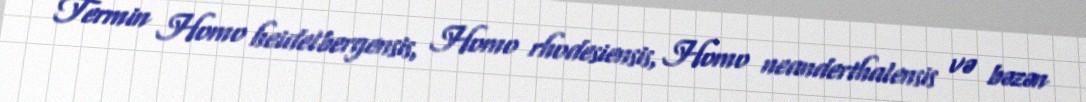
Termin Homo heidelbergensis, Homo rhodesiensis, Homo neanderthalensis və bəzən